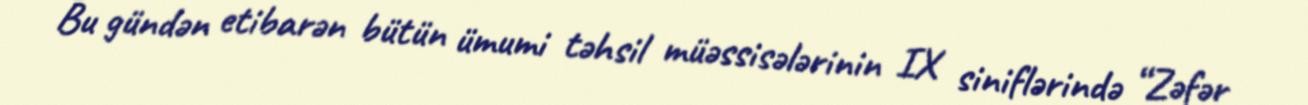
Bu gündən etibarən bütün ümumi təhsil müəssisələrinin IX siniflərində “Zəfər